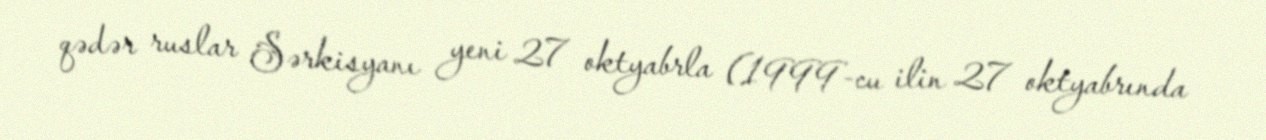
qədər ruslar Sərkisyanı yeni 27 oktyabrla (1999-cu ilin 27 oktyabrında